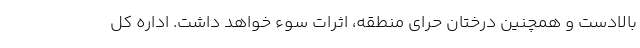
بالادست و همچنین درختان حرای منطقه، اثرات سوء خواهد داشت. اداره کل